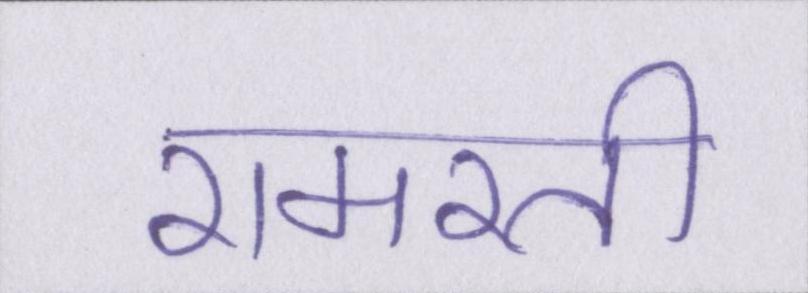
रामरती